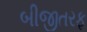
બીજીતરફ